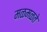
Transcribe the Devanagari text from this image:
मळमळते